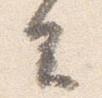
去